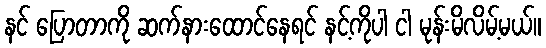
နင် ပြောတာကို ဆက်နားထောင်နေရင် နင့်ကိုပါ ငါ မုန်းမိလိမ့်မယ်။